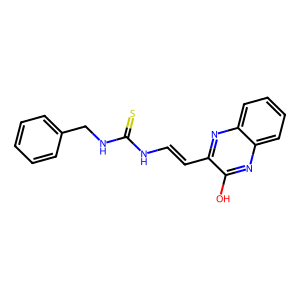
SMILES: Oc1nc2ccccc2nc1C=CNC(=S)NCc1ccccc1
Inhibits HIV replication: No